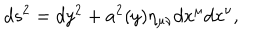
d s ^ { 2 } = d y ^ { 2 } + a ^ { 2 } ( y ) \eta _ { \mu \nu } d x ^ { \mu } d x ^ { \nu } ,